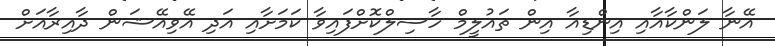
އޭނާ ލަންކާއާއި އިންޑިއާ އިން ތައުލީމް ހާސިލްކޮށްފައިވާ ކަމަށާއި އަދި އޭވިއޭޝަން ދާއިރާއަށް